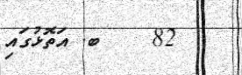
82    ބ. އަތޮޅުގައި